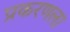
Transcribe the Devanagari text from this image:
प्रकरणला